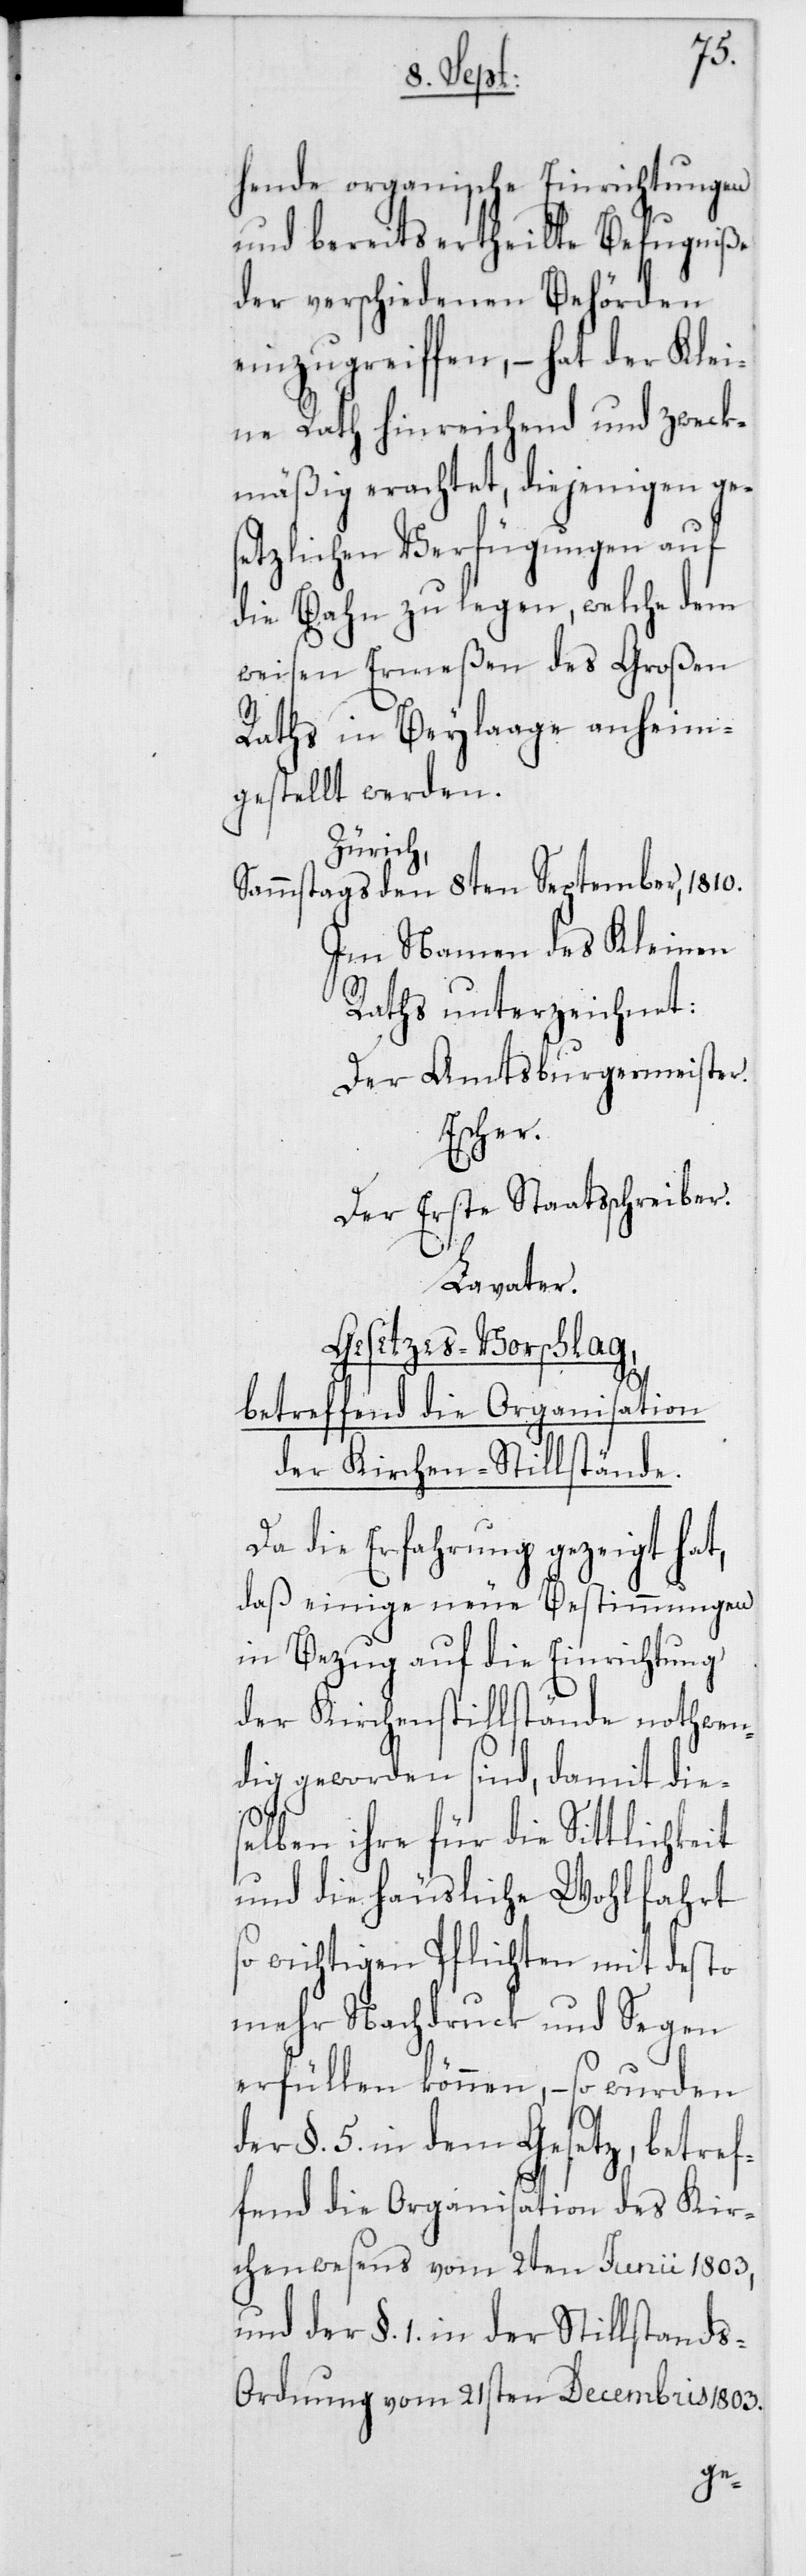
hende organische Einrichtungen
und bereits ertheilte Befugniße
der verschiedenen Behörden
einzugreiffen, – hat der Klei¬
ne Rath hinreichend und zweck¬
mäßig erachtet, diejenigen ges¬
etzlichen Verfügungen auf
die Bahn zu legen, welche dem
weisen Ermeßen des Großen
Raths in Beylaage anheim¬
gestellt werden.
Zürich,
Sonntags den 8ten September, 1810.
Im Namen des Kleinen
Raths unterzeichnet:
Der Amtsburgermeister.
Escher.
Der Erste Staatßchreiber.
Lavater.
Gesetzesvorschlag,
betreffend die Organisation
der Kirchen-Stillstände.
Da die Erfahrung gezeigt hat,
daß einige neue Bestimmungen
in Bezug auf die Einrichtung
der Kirchenstillstände nothwen¬
dig geworden sind, damit dies¬
elben ihre für die Sittlichkeit
und die häusliche Wohlfahrt
so wichtigen Pflichten mit desto
mehr Nachdruck und Segen
erfüllen können, – so wurden
der §. 5. in dem Gesetz, betref¬
fend die Organisation des Kir¬
chenwesens vom 2ten Junii 1803,
und der §. 1. in der Stillstand¬
s-Ordnung vom 21sten Decembris 1803.